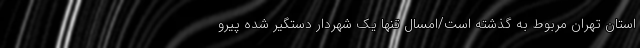
استان تهران مربوط به گذشته است/امسال تنها یک شهردار دستگیر شده پیرو